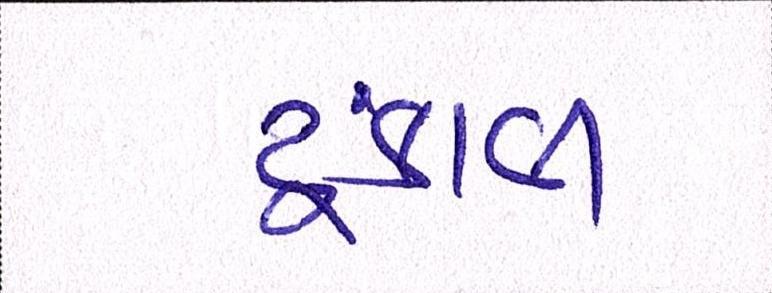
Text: ટુંકાવી